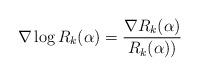
LaTeX: \begin{align*}\nabla \log R_k(\alpha) = \frac{\nabla R_k(\alpha)}{R_k(\alpha))} \end{align*}